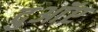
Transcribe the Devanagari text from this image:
दुआॅए